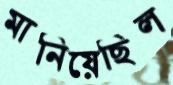
মানিয়েছিল